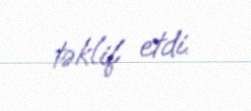
təklif etdi.